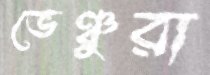
ভেঞ্চুরা